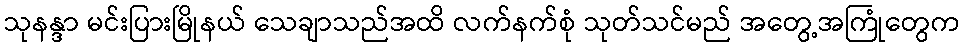
သုနန္ဒာ မင်းပြားမြိုနယ် သေချာသည်အထိ လက်နက်စုံ သုတ်သင်မည် အတွေ့အကြုံတွေက